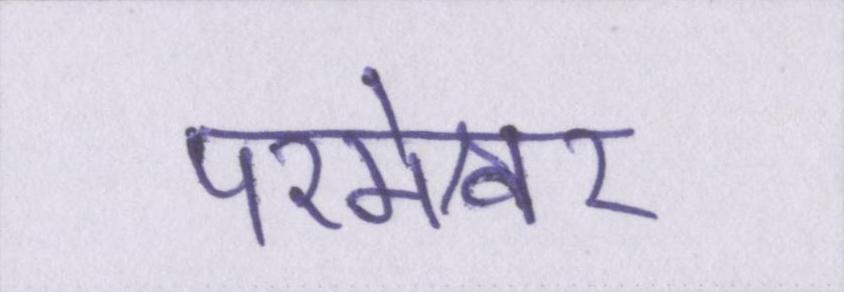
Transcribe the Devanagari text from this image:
परमेश्वर